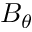
B _ { \theta }